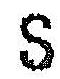
S